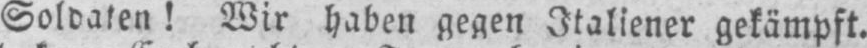
Soldaten! Wir haben gegen Italiener gekämpft.